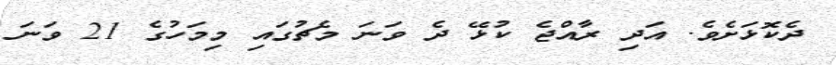
ދެކޮޅަށެވެ. އަދި ރާއްޖެ ކުޅޭ ދެ ވަނަ މެޗުގައި މިމަހުގެ 21 ވަނަ